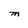
Character: M